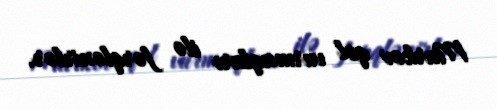
Markov qol vurmaqları ilə fərqlənirlər.